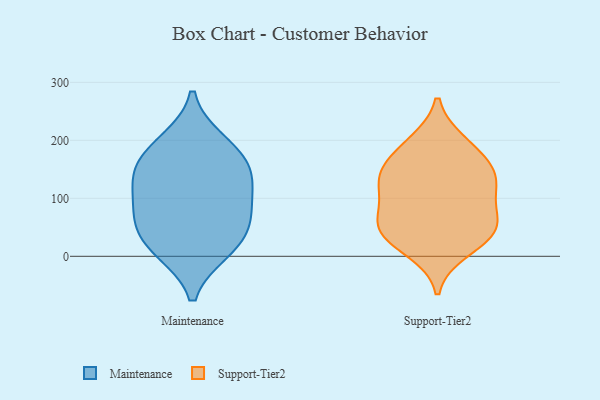
{"axis": {"x": "Operating Costs (USD K)", "y": "Value"}, "legend": ["Maintenance", "Support-Tier2"], "data": [{"x": "", "y": 10, "type": "Maintenance"}, {"x": "", "y": 148, "type": "Maintenance"}, {"x": "", "y": 40, "type": "Maintenance"}, {"x": "", "y": 75, "type": "Maintenance"}, {"x": "", "y": 140, "type": "Maintenance"}, {"x": "", "y": 13, "type": "Maintenance"}, {"x": "", "y": 198, "type": "Maintenance"}, {"x": "", "y": 139, "type": "Maintenance"}, {"x": "", "y": 96, "type": "Maintenance"}, {"x": "", "y": 184, "type": "Maintenance"}, {"x": "", "y": 67, "type": "Maintenance"}, {"x": "", "y": 116, "type": "Support-Tier2"}, {"x": "", "y": 143, "type": "Support-Tier2"}, {"x": "", "y": 38, "type": "Support-Tier2"}, {"x": "", "y": 11, "type": "Support-Tier2"}, {"x": "", "y": 52, "type": "Support-Tier2"}, {"x": "", "y": 186, "type": "Support-Tier2"}, {"x": "", "y": 76, "type": "Support-Tier2"}, {"x": "", "y": 112, "type": "Support-Tier2"}, {"x": "", "y": 140, "type": "Support-Tier2"}, {"x": "", "y": 196, "type": "Support-Tier2"}, {"x": "", "y": 41, "type": "Support-Tier2"}, {"x": "", "y": 52, "type": "Support-Tier2"}, {"x": "", "y": 150, "type": "Support-Tier2"}]}